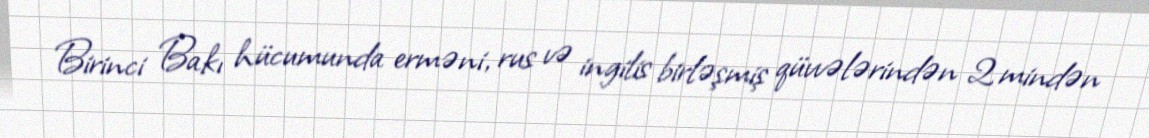
Birinci Bakı hücumunda erməni, rus və ingilis birləşmiş qüvvələrindən 2 mindən